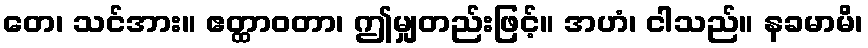
တေ၊ သင်အား။ ဧတ္ထာဝတာ၊ ဤမျှတည်းဖြင့်။ အဟံ၊ ငါသည်။ နခမာမိ၊